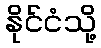
နိုင်ငံသို့